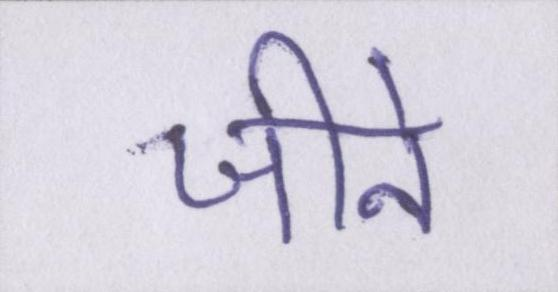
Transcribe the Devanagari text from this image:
जीने